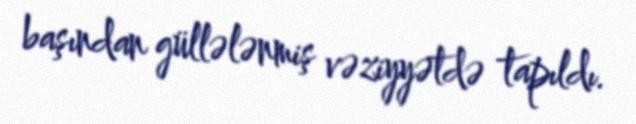
başından güllələnmiş vəziyyətdə tapıldı.